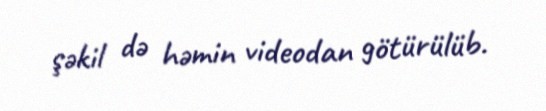
şəkil də həmin videodan götürülüb.